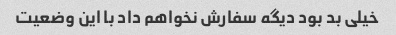
خیلی بد بود دیگه سفارش نخواهم داد با این وضعیت